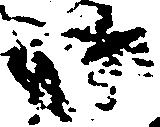
御